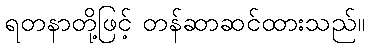
ရတနာတို့ဖြင့် တန်ဆာဆင်ထားသည်။